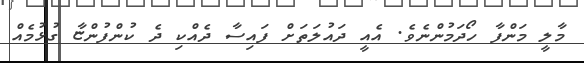
މާލީ މަންފާ ހޯދަމުންނެވެ. އެއީ ދައުލަތަށް ފައިސާ ދެއްކި ދެ ކުންފުންޏާ ގުޅުމެއް